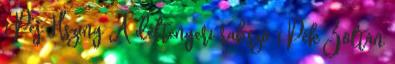
1 Pej Hszing A déltengeri rabszo 1 Pék Zoltán